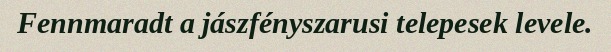
Fennmaradt a jászfényszarusi telepesek levele.